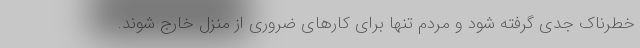
خطرناک جدی گرفته شود و مردم تنها برای کارهای ضروری از منزل خارج شوند.